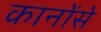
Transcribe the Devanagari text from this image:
कानोंसे